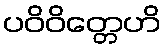
ပဝိဝိတ္တေဟိ